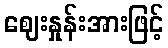
ဈေးနှုန်းအားဖြင့်